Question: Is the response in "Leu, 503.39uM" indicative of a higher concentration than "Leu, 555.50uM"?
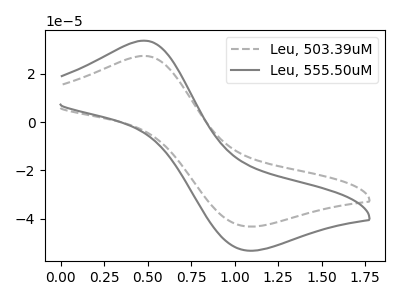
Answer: <think>The gray dashed curve "Leu, 503.39uM" has an anodic peak at (0.50V, 27.40uA) and a cathodic peak at (1.05V, -43.30uA). The gray curve "Leu, 555.50uM" has an anodic peak at (0.50V, 33.70uA) and a cathodic peak at (1.05V, -53.25uA).
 All the peaks in "Leu, 503.39uM" have a peak in "Leu, 555.50uM" at the same potential. Every peak in "Leu, 503.39uM" is lower than every peak in "Leu, 555.50uM".</think>
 <answer>"Leu, 503.39uM" has less signal than "Leu, 555.50uM".</answer>
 <eval>less_signal</eval>